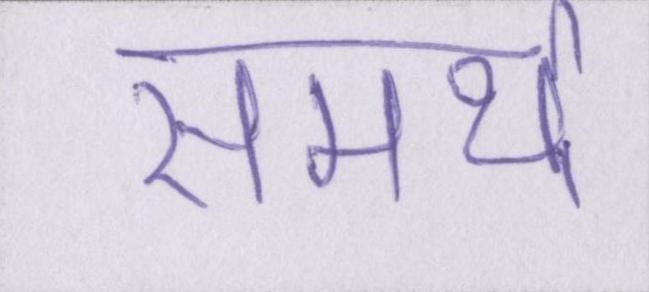
समर्थ